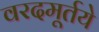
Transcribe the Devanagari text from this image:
वरदमूर्तये